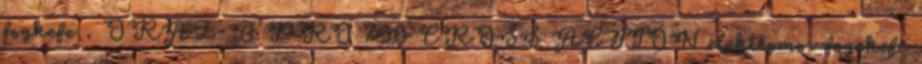
fogkefe . ORAL-B PRO 790 CROSS ACTION elektromos fogekefe